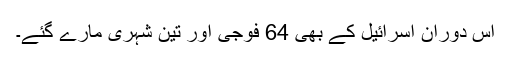
اس دوران اسرائيل کے بھی 64 فوجی اور تين شہری مارے گئے۔